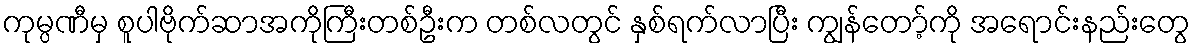
ကုမ္ပဏီမှ စူပါဗိုက်ဆာအကိုကြီးတစ်ဦးက တစ်လတွင် နှစ်ရက်လာပြီး ကျွန်တော့်ကို အရောင်းနည်းတွေ